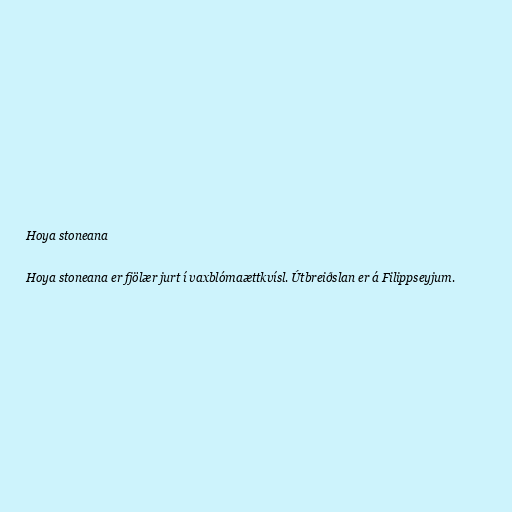
Hoya stoneana

Hoya stoneana er fjölær jurt í vaxblómaættkvísl. Útbreiðslan er á Filippseyjum.